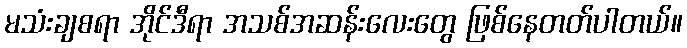
မသံးချစရာ အိုင်ဒီရာ အသစ်အဆန်းလေးတွေ ဖြစ်နေတတ်ပါတယ်။